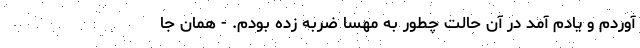
آوردم و یادم آمد در آن حالت چطور به مهسا ضربه زده بودم. - همان جا